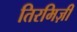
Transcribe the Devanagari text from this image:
तिरमिज़ी